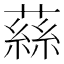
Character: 蕬